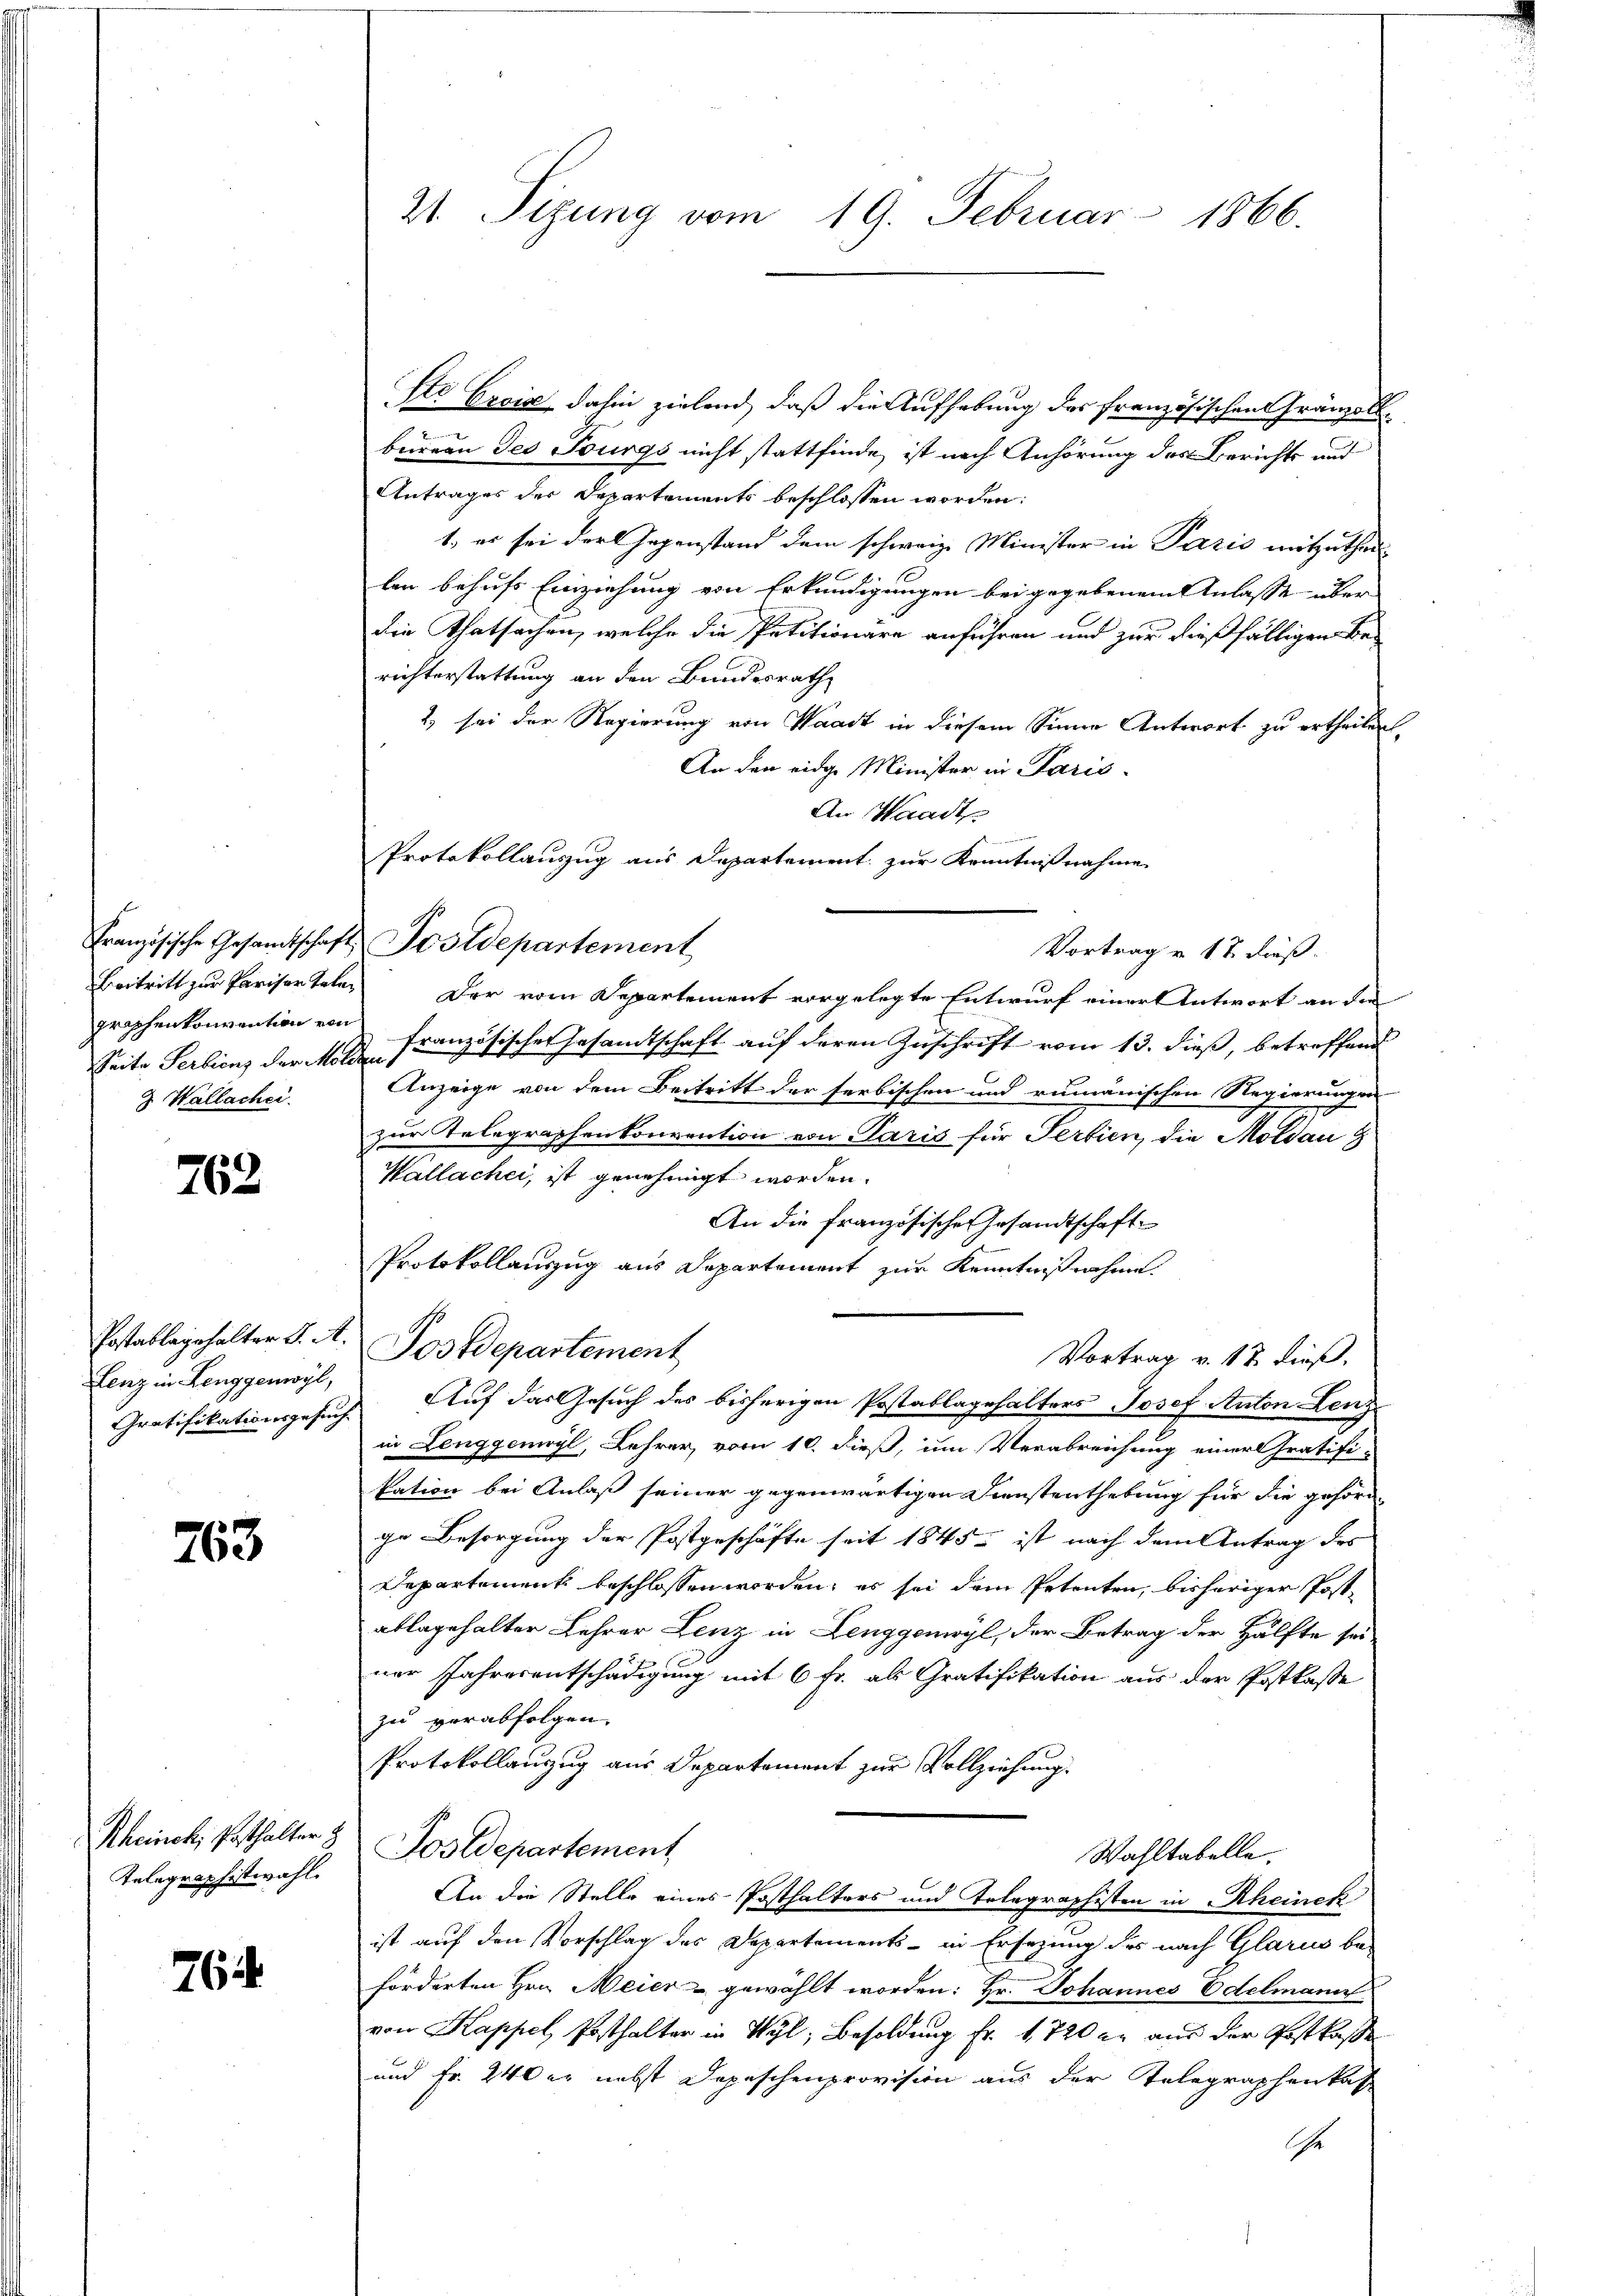
graphenkonvention von
3 Wallachei

762

Lenz in Lenggenwyl,
Gratifikationsgesuch

763.

Rheinck, Posthalter z
Telegraphistwahl.

764

Ste Ersis dahin zielend, daß die Aufhebung des französischen Gränzoll-
bureau des Tourgs nicht stattfinde ist nach Anhörung des Berichts und
Antrages der Departements beschlossen worden:
1, er sei der Gegenstand dem schweiz. Minister in Paris mitzuthei
len behufs Einziehung von Erkundigungen bei gegebenem Anlasse über
die Thatsachen, welche die Petitionäre anführen und zur dießfälligen Be-
richterstattung an den Bundesrath
2) sei der Regierung von Waadt in diesem Sinne Antwort zu ertheilen,
An den eidge Minister in Paris
An Waadt
Protokollauszug aus Departement zur Kenntnißnahme
Vortrag v. 17. dieß.
Beitritt zur Pariser tale. Der vom Departement vorgelegte Entwurf einer Antwort an die
Seite Serbiens der N.  Französischer Gesandtschaft auf deren Zuschrift vom 13. dieß, betreffend
Anzeige von dem Beitritt der serbischen und rumänischen Regierungen
zur Telegraphenkonvention von Paris für Fertien, die Moldau
Wallacher, ist genehmigt worden.
An die französische Gesandtschaft
Protokollauszug aus Departement zur Kenntnißnahme.
Postablagehalter J. A. Postdepartement
Vortrag v. 17. dieß,
Auf das Gesuch des bisherigen Postablagehalters Josef Anton Lenz
in Lenggonwyl, Lehrer, vom 10. dieß, um Verabreichung einer Gratifi-
kation bei Anlaß seiner gegenwärtigen Dienstenthebung für die gehörd
ge Besorgung der Postgeschäfte seit 1845 - ist nach dem Antrag des
Departement beschlossen worden, es sei dem Petenten, bisheriger Postablagehalter Lehrer Lenz in Lenggenwyl, der Betrag der Hälfte sei.
ner Jahresentschädigung mit 6 fr. als Gratifikation aus der Postkasse
zu verabfolgen.
Protokollauszug aus Departement zur Vollziehung.
Postdepartement
Wahltabelle.
An die Stelle eines Posthalters und Telegraphisten in Rheinek
ist auf den Vorschlag des Departements - in Ersezung des nach Glarus be-
förderten Hrn. Meier gewählt worden: Hr. Johannes Edelmanns
von Kappel Posthalter in Wyl, Besoldung Fr. 1720 er aus der Postkasse
und Fr. 240 er nebst Depeschenprovision aus der Telegraphenkas-
Che

21. Sizung vom 19. Februar 1866.

Französische Gesamtschaft Postdepartement